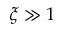
\xi \gg 1